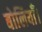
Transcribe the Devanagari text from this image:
बोलियाँ।